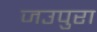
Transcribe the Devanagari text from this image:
जउपुरा